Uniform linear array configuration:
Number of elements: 64
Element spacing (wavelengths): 0.75
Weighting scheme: binomial
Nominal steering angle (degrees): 30
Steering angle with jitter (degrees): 31.6
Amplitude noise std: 0.05
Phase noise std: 0.05

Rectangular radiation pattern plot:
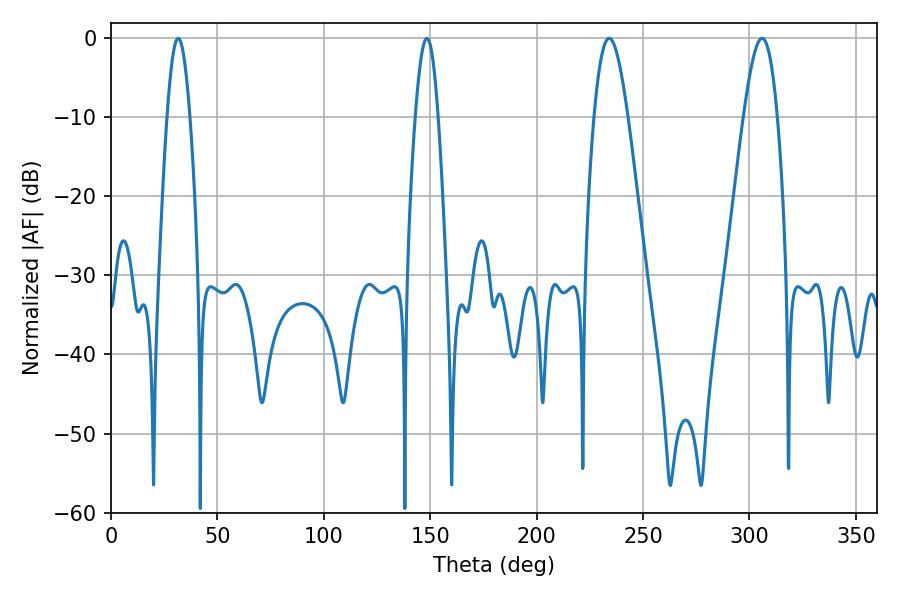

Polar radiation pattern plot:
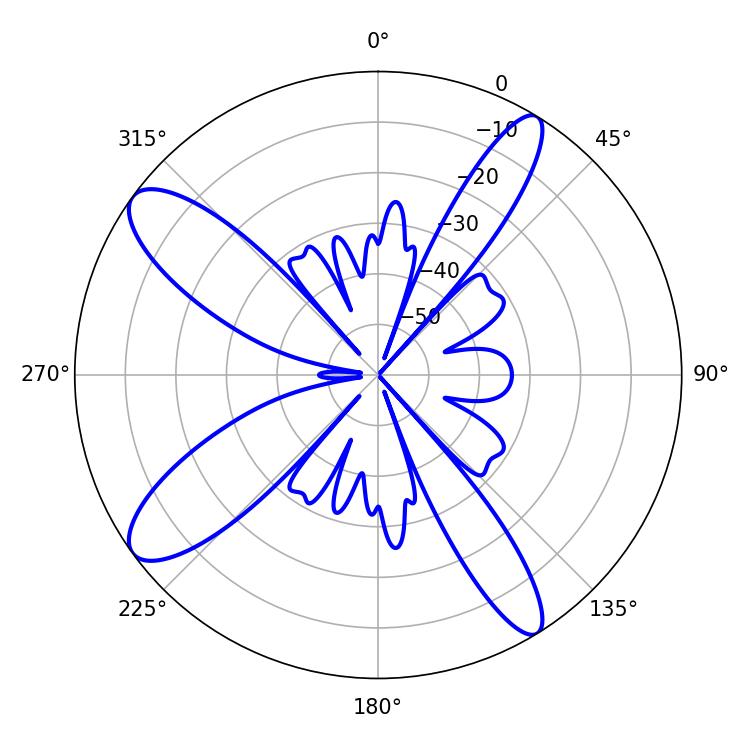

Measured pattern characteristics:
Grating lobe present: TRUE
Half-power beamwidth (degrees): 8.46
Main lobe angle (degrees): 234